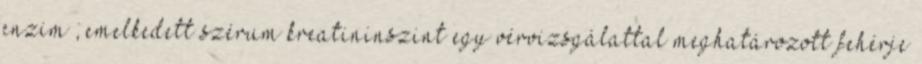
enzim ; emelkedett szérum kreatininszint egy vérvizsgálattal meghatározott fehérje